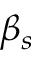
\beta _ { s }